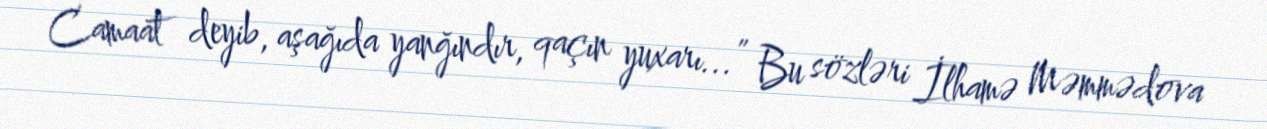
Camaat deyib, aşağıda yanğındır, qaçın yuxarı...” Bu sözləri İlhamə Məmmədova